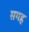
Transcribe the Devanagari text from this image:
सगह